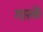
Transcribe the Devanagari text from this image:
गास्के